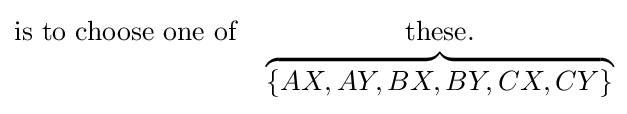
{\begin{matrix}\mathrm {is} \ \mathrm {to} \ \mathrm {choose} \ \mathrm {one} \ \mathrm {of} &\mathrm {these} .\\&\overbrace {\left\{AX,AY,BX,BY,CX,CY\right\}} \end{matrix}}